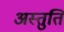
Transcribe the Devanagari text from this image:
अस्तुति